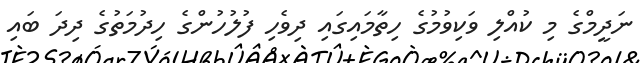
ނަދީމްގެ މި ކުއްލި ވަކިވުމުގެ ހިތާމައިގައި ދިވެހި ފުލުހުންގެ ހިދުމަތުގެ ދިދަ ބައި